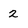
Character: 2